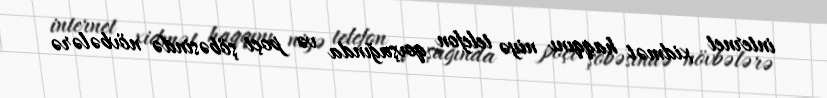
internet xidmət haqqını niyə telefon qovşağında və poçt şöbəsində növbələrə